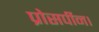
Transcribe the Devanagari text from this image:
प्रोसर्पीन।